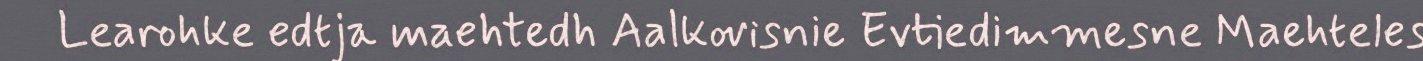
Learohke edtja maehtedh Aalkovisnie Evtiedimmesne Maehteles